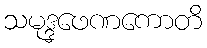
သမုဒ္ဒဖေဏကောတိ